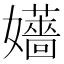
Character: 𡤑